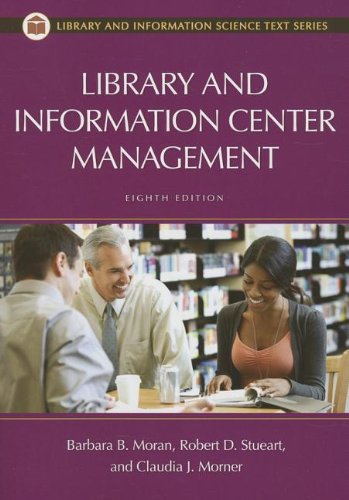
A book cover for Library and Information Center Management, 8th Edition (Library and Information Science Text); Robert D. Stueart; Politics & Social Sciences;